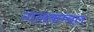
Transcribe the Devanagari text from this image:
गलकम्बल